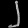
Digit: ၂